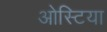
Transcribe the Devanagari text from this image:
ओस्टिया